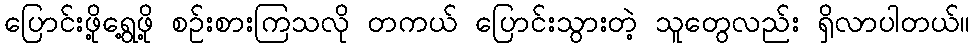
ပြောင်းဖို့ရွေ့ဖို့ စဉ်းစားကြသလို တကယ် ပြောင်းသွားတဲ့ သူတွေလည်း ရှိလာပါတယ်။